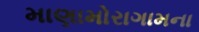
માણામોરાગામના